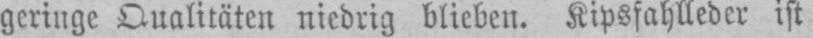
geringe Qualitäten niedrig blieben. Kipsfahlleder ist